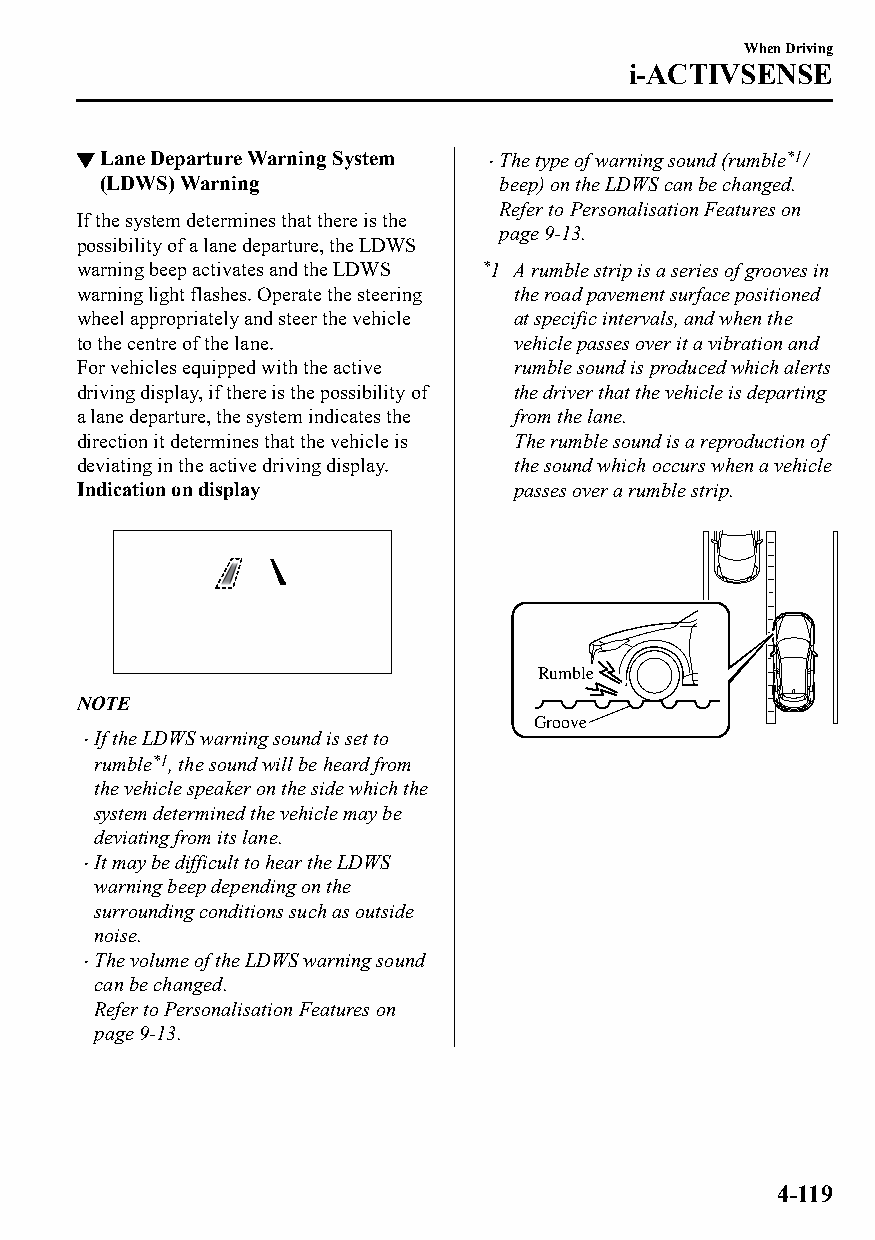
When Driving
 i-ACTIVSENSE
 ▼Lane Departure Warning System The type of warning sound (rumble*1/
 
 (LDWS) Warning             beep) on the LDWS can be changed.
 Refer to Personalisation Features on
 If the system determines that there is the
 page 9-13.
 possibility of a lane departure, the LDWS
 warning beep activates and the LDWS *1 A rumble strip is a series of grooves in
 warning light flashes. Operate the steering the road pavement surface positioned
 wheel appropriately and steer the vehicle at specific intervals, and when the
 to the centre of the lane.   vehicle passes over it a vibration and
 For vehicles equipped with the active rumble sound is produced which alerts
 driving display, if there is the possibility of the driver that the vehicle is departing
 a lane departure, the system indicates the from the lane.
 direction it determines that the vehicle is The rumble sound is a reproduction of
 deviating in the active driving display. the sound which occurs when a vehicle
 Indication on display        passes over a rumble strip.
 Rumble
 NOTE
 Groove
 If the LDWS warning sound is set to
 
 rumble*1, the sound will be heard from
 the vehicle speaker on the side which the
 system determined the vehicle may be
 deviating from its lane.
 It may be difficult to hear the LDWS
 
 warning beep depending on the
 surrounding conditions such as outside
 noise.
 The volume of the LDWS warning sound
 
 can be changed.
 Refer to Personalisation Features on
 page 9-13.
 4-119
 CX-3_8GT4-EE-18D_Edition4                  2018-9-6 18:32:19